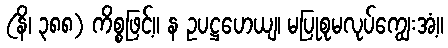
(နိ၊ ၃၈၈) ကိစ္စဖြင့်။ န ဥပဋ္ဌဟေယျ၊ မပြုစုမလုပ်ကျွေးအံ့။